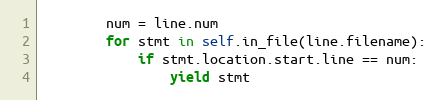
Language: Python
        num = line.num
        for stmt in self.in_file(line.filename):
            if stmt.location.start.line == num:
                yield stmt